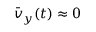
\bar { v } _ { y } ( t ) \approx 0